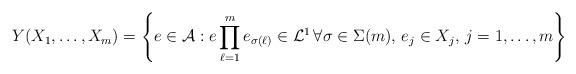
LaTeX: \begin{align*}Y(X_1,\ldots, X_m)=\left\{e\in \mathcal A: e\prod_{\ell=1}^{m} e_{\sigma(\ell)} \in \mathcal L^1 \, \forall \sigma \in \Sigma(m), \, e_j \in X_j,\, j=1,\ldots, m \right\}\end{align*}